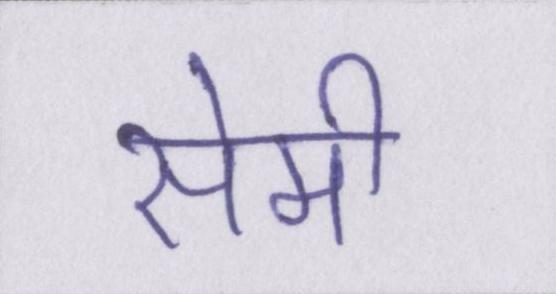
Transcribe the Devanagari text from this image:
सेमी